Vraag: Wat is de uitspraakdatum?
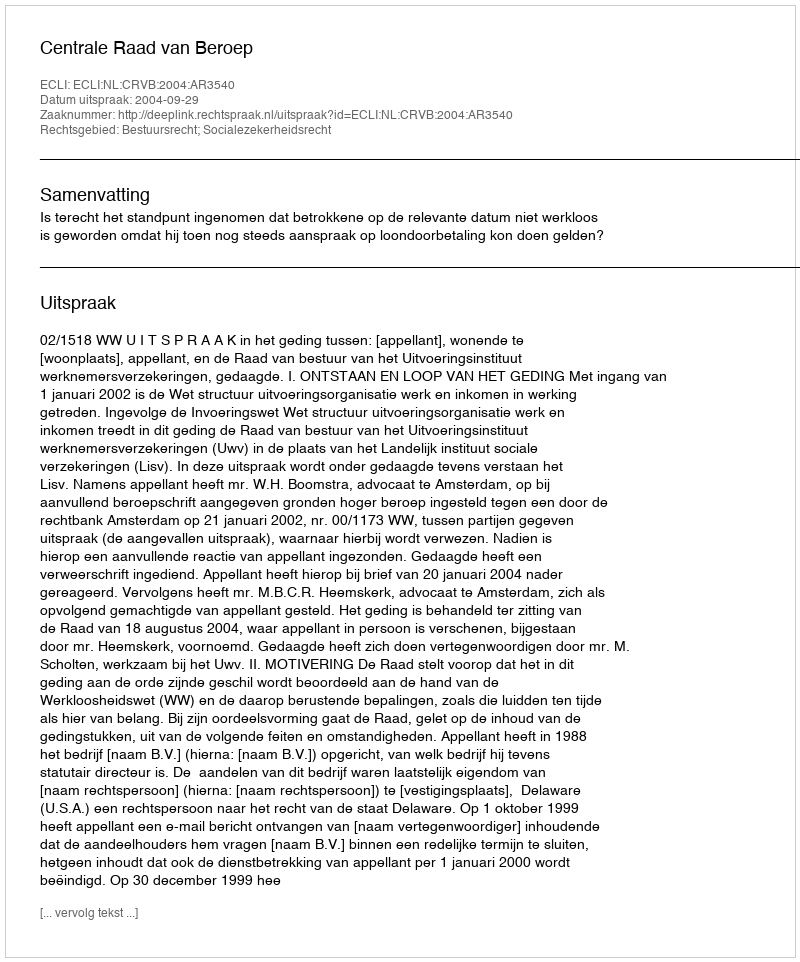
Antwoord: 2004-09-29